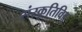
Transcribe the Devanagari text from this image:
संस्कृतिविद्